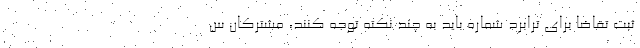
ثبت تقاضا برای ترابرد شماره باید به چند نکته توجه کنند، مشترکان س